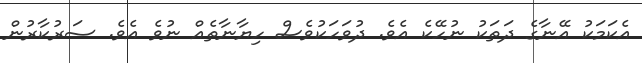
އެކަމަކު އޭނާގެ ދަތަކު ނުހޭކެ އެވެ. ދުވަހަކުވެސް ހިޔާނާތެއް ނުވެ އެވެ. ސަރުކާރުން